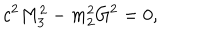
LaTeX: c ^ { 2 } M _ { 3 } ^ { 2 } - m _ { 2 } ^ { 2 } G ^ { 2 } = 0 ,